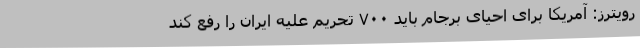
رویترز: آمریکا برای احیای برجام باید ۷۰۰ تحریم علیه ایران را رفع کند